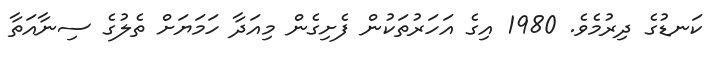
ކަނޑުގެ ދިރުމެވެ. 1980 އިގެ އަހަރުތަކުން ފެށިގެން މިއަދާ ހަމަޔަށް ތެލުގެ ސިނާއަތާ